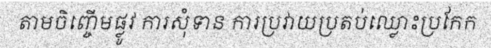
តាមចិញ្ចើមផ្លូវ ការសុំទាន ការប្រវាយប្រតប់ឈ្លោះប្រកែក